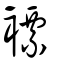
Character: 褾